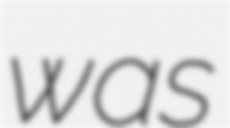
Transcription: was